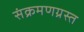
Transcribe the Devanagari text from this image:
संक्रमणग्रस्त